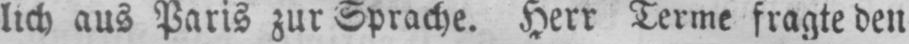
lich aus Paris zur Sprache. Herr Terme fragte den